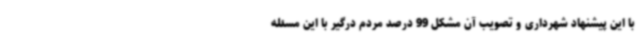
با این پیشنهاد شهرداری و تصویب آن مشکل 99 درصد مردم درگیر با این مسئله